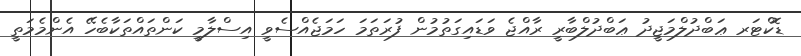
ޑޮކްޓަރ ޢަބްދުލްމަޖީދު ޢަބްދުލްބާރީ ރާއްޖެ ވަޑައިގަތުމުން ފުރަތަމަ ހަމަޖެއްސެވީ އިސްލާމީ ކަންތައްތަކާބެހޭ އެންމެމަތީ